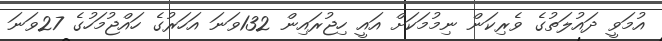
އުމަވީ ދައުލަތުގެ ވެރިކަން ނިމުމަކަށް އައީ ހިޖުރައިން 132ވަނަ އަހަރުގެ ހައްޖުމަހުގެ 27ވަނަ